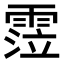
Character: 𩃜